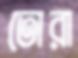
তোরা